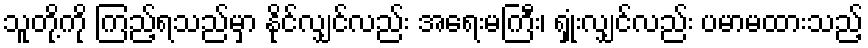
သူတို့ကို ကြည့်ရသည်မှာ နိုင်လျှင်လည်း အရေးမကြီး၊ ရှုံးလျှင်လည်း ပမာမထားသည့်